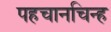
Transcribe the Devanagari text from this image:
पहचानचिन्ह